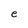
Character: e